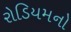
રોડિયમનો